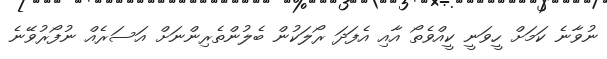
ނުވާނެ ކަމަށް ހީވަނީ ކީއްވެތޯ އާއި އެފަދަ ރޯލަކުން ބެލުންތެރިންނަށް އަސަރެއް ނުފޯރުވޭނެ